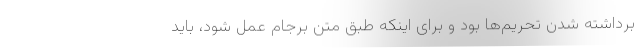
برداشته شدن تحریم‌ها بود و برای اینکه طبق متن برجام عمل شود، باید